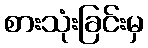
စားသုံးခြင်းမှ